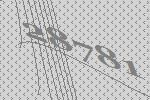
28781